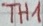
Text: TH1